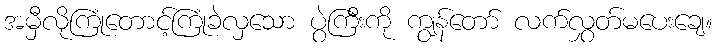
အမှီလိုကြုံတောင့်ကြုံခဲလှသော ပွဲကြီးကို ကျွန်တော် လက်လွှတ်မပေးချေ။